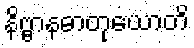
နိဗ္ဗာနဓာတုယောတိ